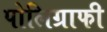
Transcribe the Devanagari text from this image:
पोलिग्राफी